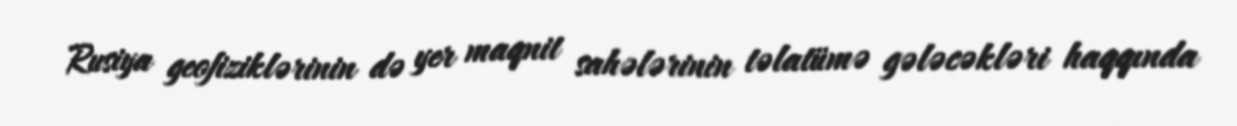
Rusiya geofiziklərinin də yer maqnit sahələrinin təlatümə gələcəkləri haqqında